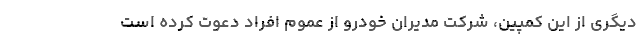
دیگری از این کمپین، شرکت مدیران خودرو از عموم افراد دعوت کرده است